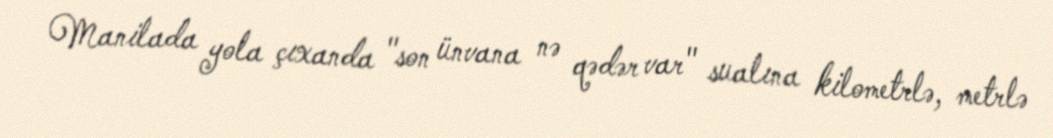
Manilada yola çıxanda "son ünvana nə qədər var" sualına kilometrlə, metrlə